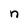
Character: n